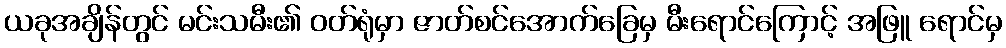
ယခုအချိန်တွင် မင်းသမီး၏ ဝတ်ရုံမှာ ဇာတ်စင်အောက်ခြေမှ မီးရောင်ကြောင့် အဖြူ ရောင်မှ